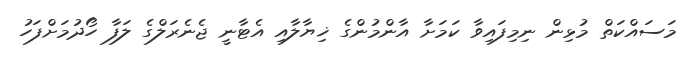
މަސައްކަތް މުޅިން ނިމިފައިވާ ކަމަށާ އާންމުންގެ ޚިޔާލާއި އެޓާނީ ޖެނެރަލްގެ ލަފާ ހޯދުމަށްފަހު